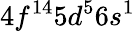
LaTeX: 4f^{14}5d^{5}6s^{1}